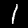
Digit: 1